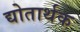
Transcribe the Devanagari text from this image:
द्योतार्थक